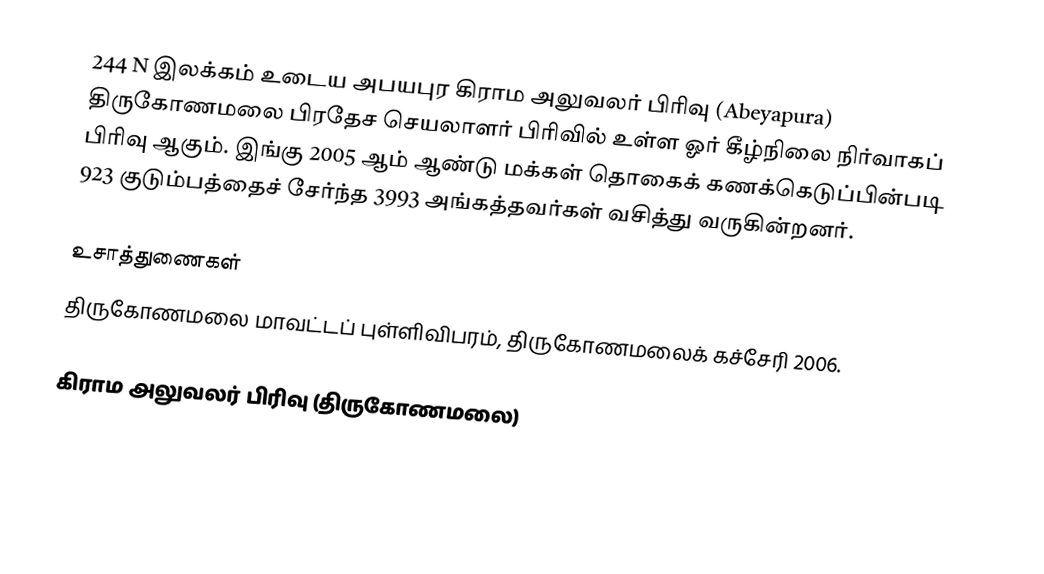
244 N இலக்கம்  உடைய அபயபுர கிராம அலுவலர் பிரிவு  (Abeyapura) திருகோணமலை பிரதேச செயலாளர் பிரிவில் உள்ள ஓர் கீழ்நிலை நிர்வாகப் பிரிவு ஆகும். இங்கு 2005 ஆம் ஆண்டு மக்கள் தொகைக் கணக்கெடுப்பின்படி 923 குடும்பத்தைச் சேர்ந்த 3993 அங்கத்தவர்கள் வசித்து வருகின்றனர்.

உசாத்துணைகள்
திருகோணமலை மாவட்டப் புள்ளிவிபரம், திருகோணமலைக் கச்சேரி 2006.

கிராம அலுவலர் பிரிவு (திருகோணமலை)